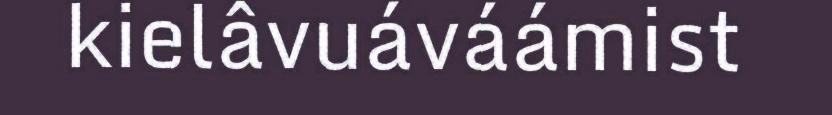
kielâvuáváámist